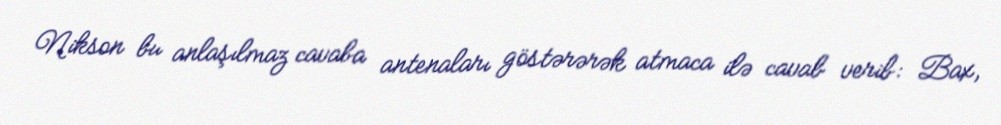
Nikson bu anlaşılmaz cavaba antenaları göstərərək atmaca ilə cavab verib: Bax,